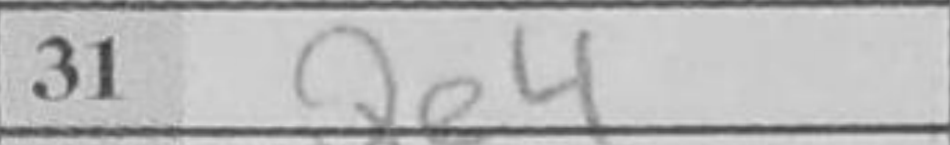
Transcription: Qe4